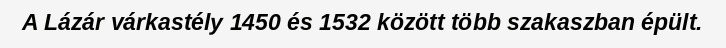
A Lázár várkastély 1450 és 1532 között több szakaszban épült.